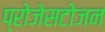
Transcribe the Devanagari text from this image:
प्रोजेसटोजन